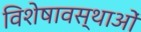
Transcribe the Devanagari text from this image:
विशेषावस्थाओं